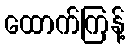
ထောက်ကြန့်